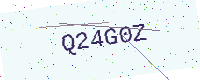
Text: Q24G0Z